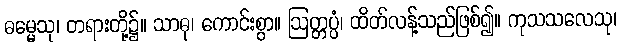
ဓမ္မေသု၊ တရားတို့၌။ သာဓု၊ ကောင်းစွာ။ ဩတ္တပ္ပံ၊ ထိတ်လန့်သည်ဖြစ်၍။ ကုသသလေသု၊